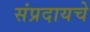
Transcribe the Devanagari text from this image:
संप्रदायचे